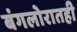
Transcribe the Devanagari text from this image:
बंगलोरातही